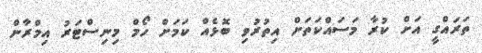
ތަރައްގީ އަށް ކުރާ މަސައްކަތަށް އިތުރުވި ބޮޅެއް ކަމަށް ހޯމް މިނިސްޓަރު އިމްރާން